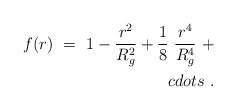
\begin{align*}f(r)\ =\ 1-\frac{r^2}{R^2_g}+\frac18\ \frac{r^4}{R^4_g}\ +\\cdots\ .\end{align*}